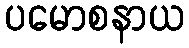
ပမောစနာယ